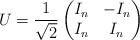
LaTeX: \begin{align*} U=\frac{1}{\sqrt{2}} \begin{pmatrix} I_n & -I_n\\ I_n & I_n \end{pmatrix}\end{align*}